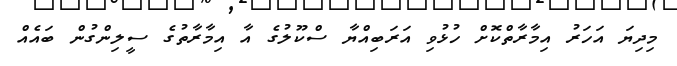
މިދިޔަ އަހަރު އިމާރާތްކޮށް ހުޅުވި އަރަބިއްޔާ ސްކޫލުގެ އާ އިމާރާތުގެ ސީލިންގުން ބައެއް